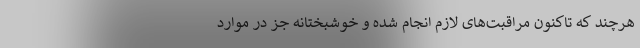
هرچند که تاکنون مراقبت‌های لازم انجام شده و خوشبختانه جز در موارد